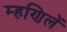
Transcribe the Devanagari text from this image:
म्हणिलें